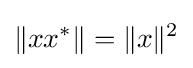
\lVert xx^{*}\rVert =\lVert x\rVert ^{2}